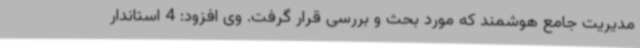
مدیریت جامع هوشمند که مورد بحث و بررسی قرار گرفت. وی افزود: 4 استاندار